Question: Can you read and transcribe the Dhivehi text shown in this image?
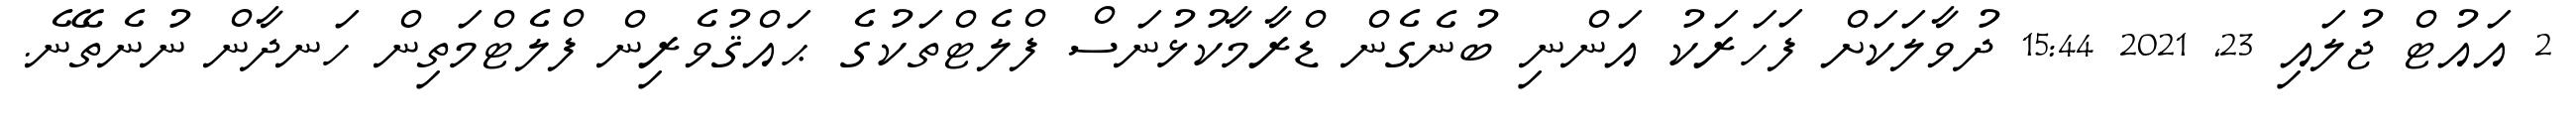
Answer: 2 އައުޓް ޖުލައި 23, 2021 15:44 ދުވާލަކަށް ފަހަރަކު އަންނި ބުނެގެން ޑްރާމާކުޅުނަސް ފްލެޓްތަކުގެ ޙައްޤުވެރިން ފްލެޓްމަތިން ހަނދާން ނުނެތޭނެ.